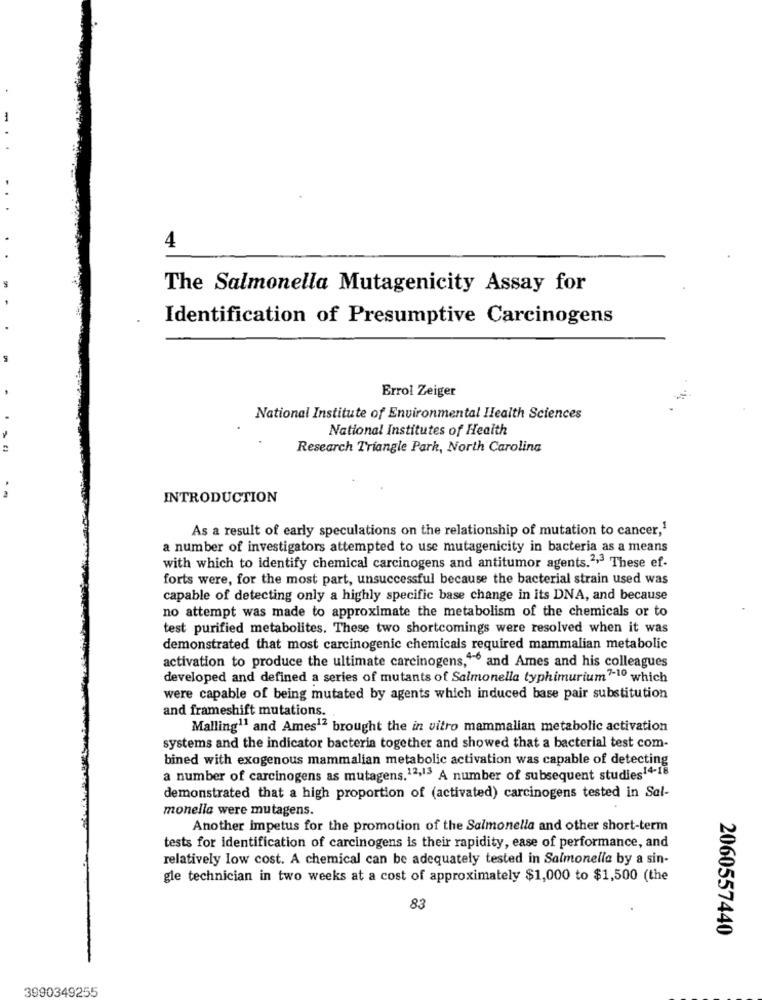
-
4
The Salmonella Mutagenicity Assay for
Identification of Presumptive Carcinogens
Errol Zeiger
National Institute of Environmental Health Sciences
National Institutes of Health
Research Triangle Park, North Carolina
INTRODUCTION
As a result of early speculations on the relationship of mutation to cancer,1
a number of investigators attempted to use mutagenicity in bacteria as a means
with which to identify chemical carcinogens and antitumor agents.2" These ef-
forts were, for the most part, unsuccessful because the bacterial strain used was
capable of detecting only a highly specific base change in its DNA, and because
no attempt was made to approximate the metabolism of the chemicals or to
test purified metabolites. These two shortcomings were resolved when it was
demonstrated that most carcinogenic chemicals required mammalian metabolic
activation to produce the ultimate carcinogens,4-6 and Ames and his colleagues
developed and defined a series of mutants of Salmonella typhimurium7-10 which
were capable of being mutated by agents which induced base pair substitution
and frameshift mutations.
Malling11 and Ames12 brought the in vitro mammalian metabolic activation
systems and the indicator bacteria together and showed that a bacterial test com-
bined with exogenous mammalian metabolic activation was capable of detecting
a number of carcinogens as mutagens.12,13 A number of subsequent studies14-18
demonstrated that a high proportion of (activated) carcinogens tested in Sal-
monella were mutagens.
Another impetus for the promotion of the Salmonella and other short-term
tests for identification of carcinogens is their rapidity, ease of performance, and
relatively low cost. A chemical can be adequately tested in Salmonella by a sin-
gle technician in two weeks at a cost of approximately $1,000 to $1,500 (the
83
2060557440
3990349255